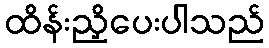
ထိန်းညှိပေးပါသည်